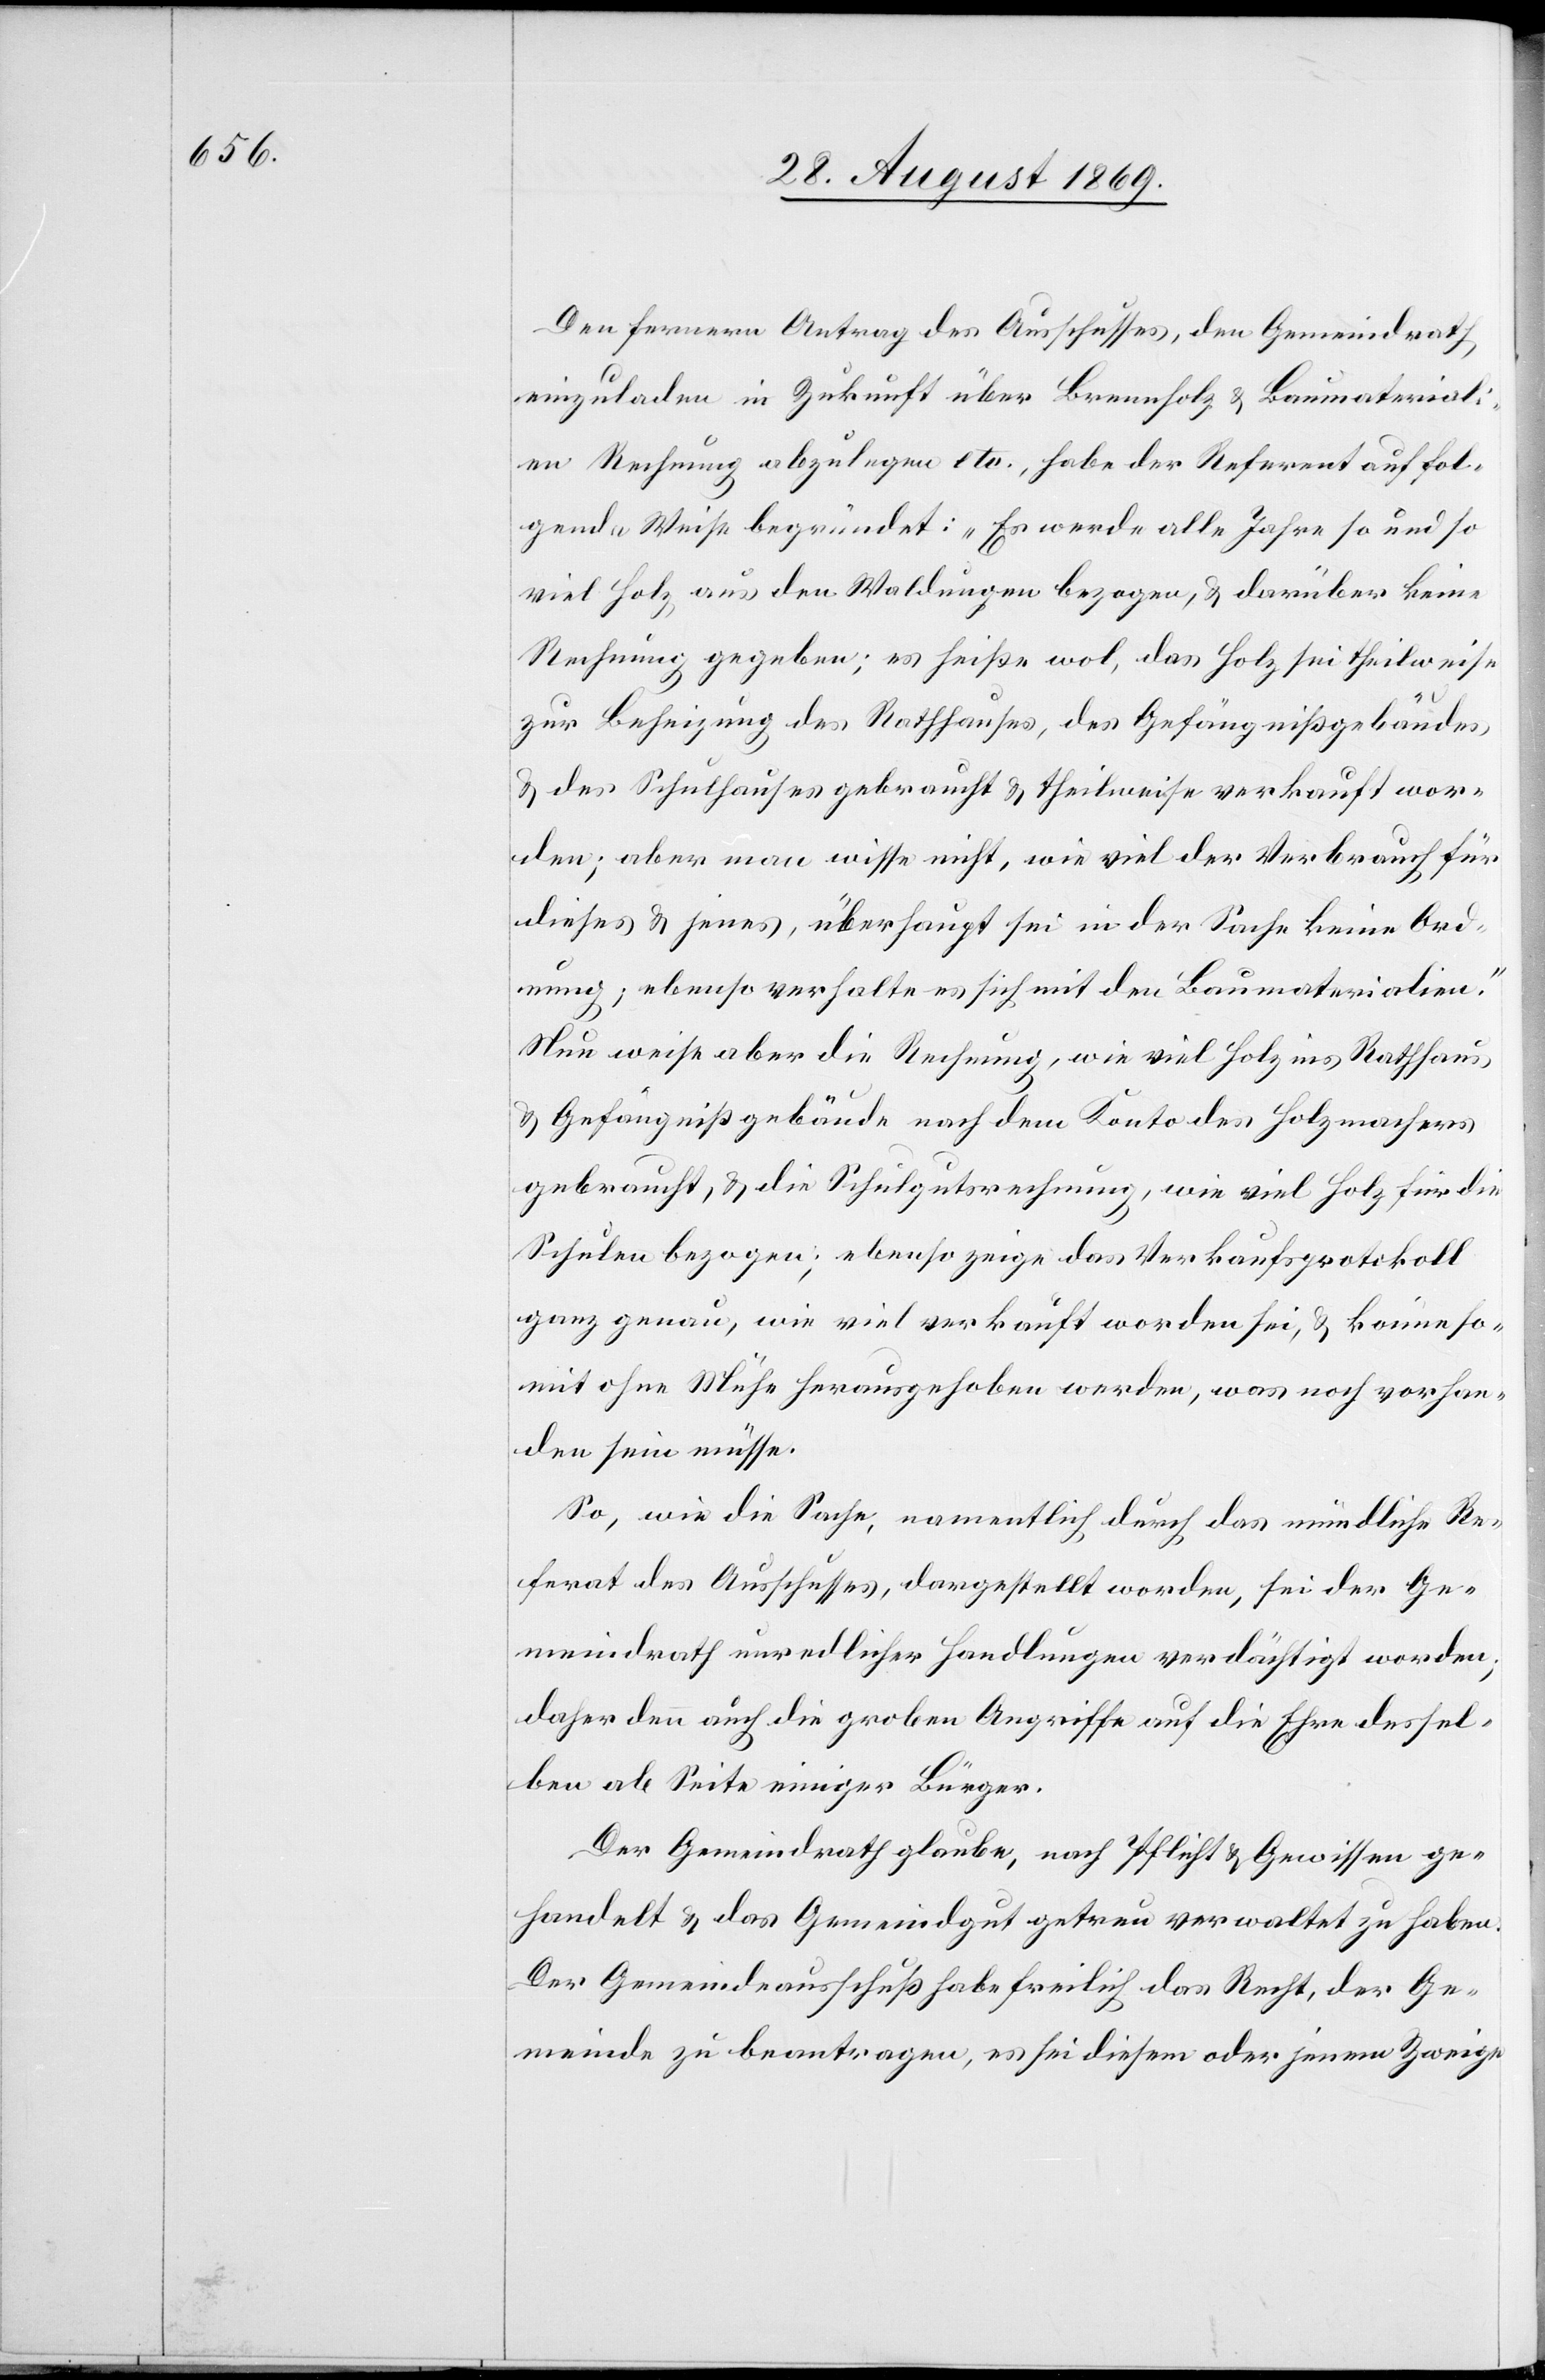
Den fernern Antrag des Ausschusses, den Gemeindrath
einzuladen in Zukunft über Brennholz & Baumateriali¬
en Rechnung abzulegen etc., habe der Referent auf fol¬
gende Weise begründet: „Es werde alle Jahre so und so
viel Holz aus den Waldungen bezogen, & darüber keine
Rechnung gegeben; es heiße wol, das Holz sei theilweise
zur Beheizung des Rathhauses, des Gefängnißgebäudes
& des Schulhauses gebraucht & theilweise verkauft wor¬
den; aber man wisse nicht, wie viel der Verbrauch für
dieses & jenes, überhaupt sei in der Sache keine Ord¬
nung; ebenso verhalte es sich mit den Baumaterialien.“
Nun weise aber die Rechnung, wie viel Holz ins Rathhaus
& Gefängnißgebäude nach dem Konto des Holzmachers
gebraucht, & die Schulgutsrechnung, wie viel Holz für die
Schulen bezogen; ebenso zeige das Verkaufsprotokoll
ganz genau, wie viel verkauft worden sei, & könne so¬
mit ohne Mühe herausgehoben werden, was noch vorhan¬
den sein müsse.
So, wie die Sache, namentlich durch das mündliche Re¬
ferat des Ausschusses, dargestellt worden, sei der Ge¬
meindrath unredlicher Handlungen verdächtigt worden;
daher denn auch die groben Angriffe auf die Ehre dessel¬
ben ab Seite einiger Bürger.
Der Gemeindrath glaube, nach Pflicht & Gewissen ge¬
handelt & das Gemeindgut getreu verwaltet zu haben.
Der Gemeindeausschuß habe freilich das Recht, der Ge¬
meinde zu beantragen, es sei diesem oder jenem Zweige